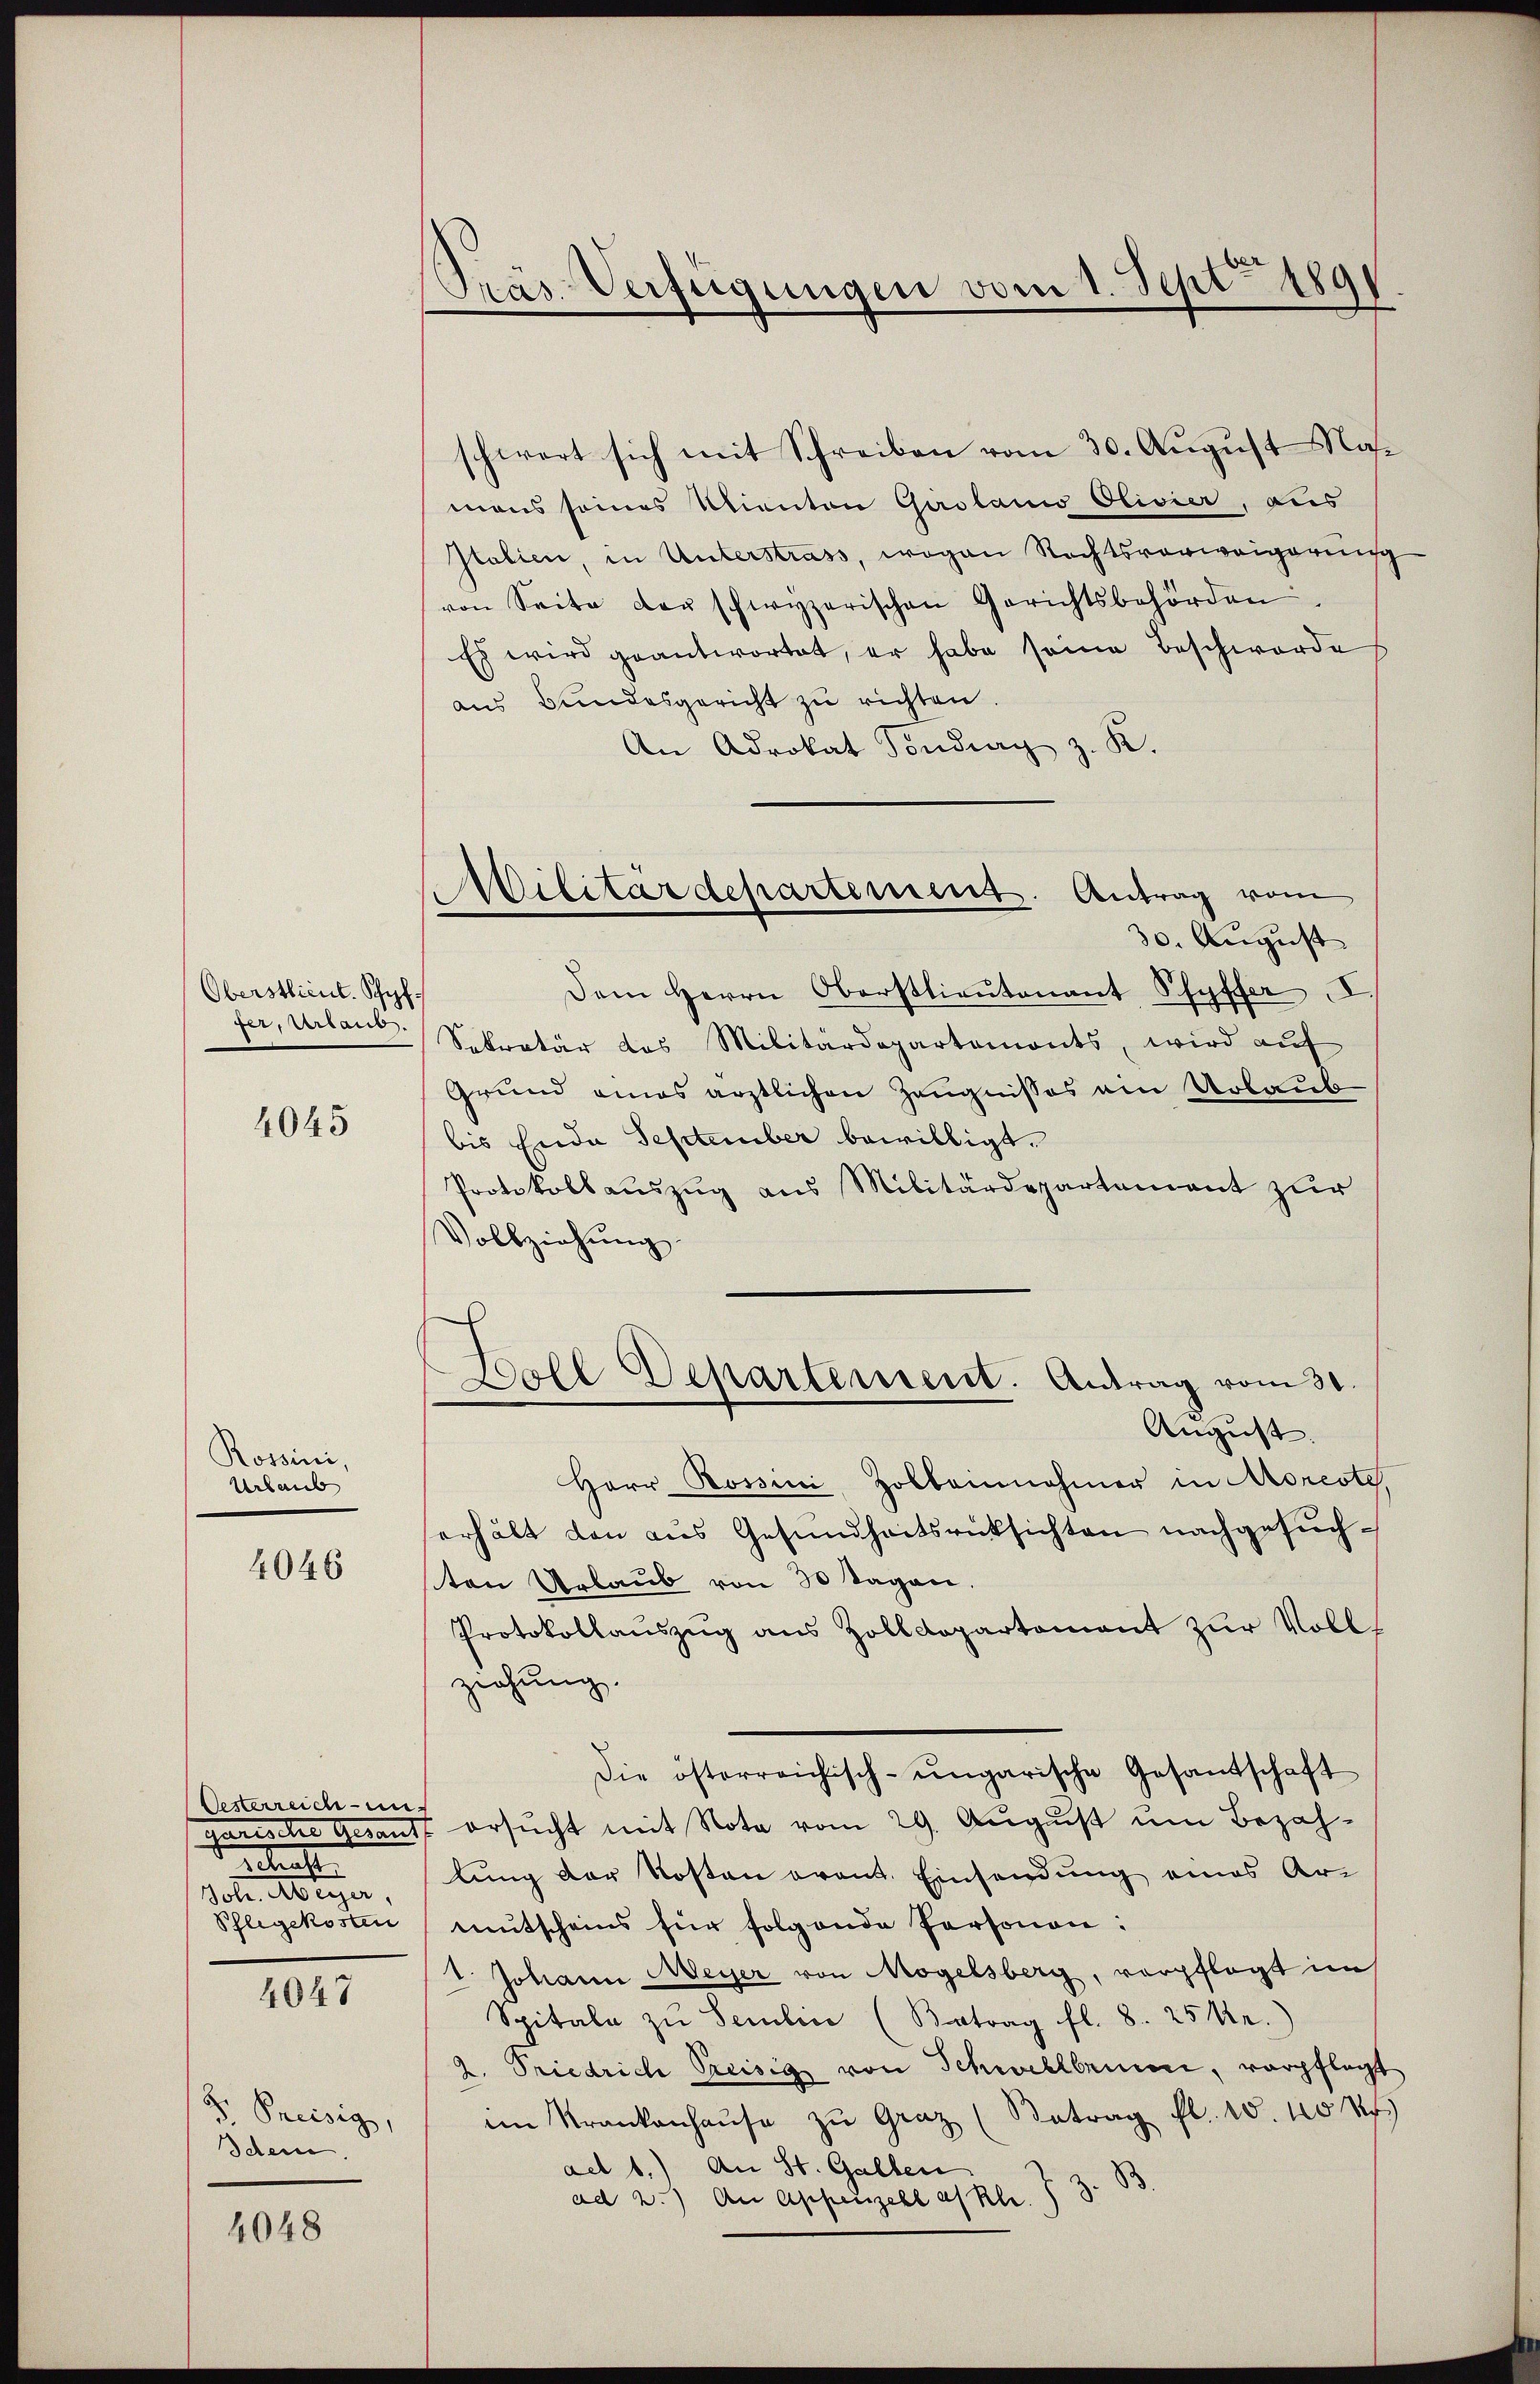
Oberstlieut. Schiffer, Urlaub

4045

Rossini,
Urlaub

4046

Oesterreiche - un
Betracht
Voten Abteyer,
Phlegekosten

4047

D. Preisig,
Ichen.

4048

Präs. Verfügungen vom 1. Sept 189

schwert sich mit Schreiben vom 30. August Namons seines Kanton Girolamo Olivier, aus
Italien, in Unterstrass, wogen Rechtsverweigerung
von Seite der schwyzerischen Gerichtsbehörden.
Es wird geantwortet, er habe seine Beschwerde
aus Bundesgericht zu richten.
An Advokat Fonding z. K.
30. August
Dem Herrn Oberstlieutenant Pfyffer I.
Sekretär des Militärdepartemonts, wird auf
Grund eines ärztlichen Zeugnisses ein Urlaub
bis Ende September bewilligt.
Protokollauszug aus Militärdepartement zur
Vollziehung
Boll Departement. Antrag vom 31.
.
August.
Herr Rossini, Holbeinnahmer in Morcote,
erhält den aus Gesundheitsrücksichten nachgesuchsten Urlaub von 30 Tagen.
Protokollauszug aus Zolldepartement zur Vollziehung.
Die österreichisch-ungarische Gesandschaft
garische Gesandt ersucht mit Note vom 29. August um Bezahlung der Kosten orant. Einsendung eines Armutscheins für folgende Personen:
V. Johann Meyer von Mögelsberg, verpflegt im
Spitale zŭ Semlic (Betrag fl. 8. 25kr.)
2. Friedrich Preisig von Schwellbrunn, verpflegt
im Krankenhaŭse zŭ Graz (Betrag fl. 10. 40 M.
ad b.) An St. Gallen
d
ad 2.) An Appenzell a/Rh. 3

Militärdepartement. Antrag vom